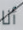
أنا